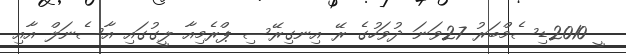
ީ 2010ޑިސެމްބަރު 27ވަނަ ދުވަހުގެ ރޭ އިނގިރޭސި ޕްރެމިއާ ލީގުގައި އާސެނަލް އާއި